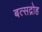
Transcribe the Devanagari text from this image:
बत्सद्रोह